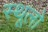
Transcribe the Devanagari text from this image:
स्थूलो